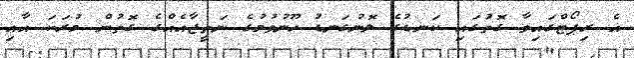
އެ ރިޕޯޓްގައިވާ ގޮތުގައި ކަނޑުގެ ލޮނުގަނޑު ހޫނުވުމުގެ ނަތީޖާއެއްގެ ގޮތުން މުރަކަ އާއި